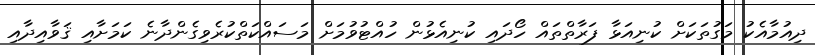
ދިއުމާއެކު މަގުތަކަށް ކުނިއަޅާ ފަރާތްތައް ހޯދައި ކުނިއެޅުން ހުއްޓުވުމަށް މަސައްކަތްކުރެވިގެންދާނެ ކަމަށާއި ޤަވާއިދާއި